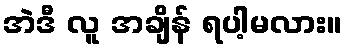
အဲဒီ လူ အချိန် ရပါ့မလား။